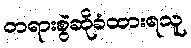
တရားစွဲဆိုခံထားရသူ